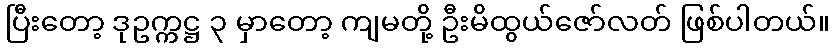
ပြီးတော့ ဒုဥက္ကဋ္ဌ ၃ မှာတော့ ကျမတို့ ဦးမိထွယ်ဇော်လတ် ဖြစ်ပါတယ်။